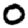
Digit: 0